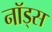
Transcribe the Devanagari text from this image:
नॉड्स